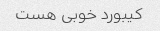
کیبورد خوبی هست